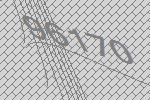
96170